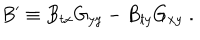
B ^ { \prime } \equiv B _ { t x } G _ { y y } - B _ { t y } G _ { x y } \; .